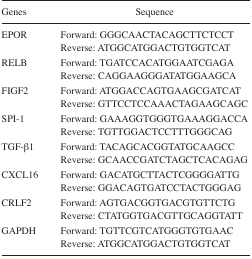
| Genes | Sequence |
 | --- | --- |
 | EPOR | Forward: GGGCAACTACAGCTTCTCCT |
 |  | Reverse: ATGGCATGGACTGTGGTCAT |
 | RELB | Forward: TGATCCACATGGAATCGAGA |
 |  | Reverse: CAGGAAGGGATATGGAAGCA |
 | FIGF2 | Forward: ATGGACCAGTGAAGCGATCAT |
 |  | Reverse: GTTCCTCCAAACTAGAAGCAGC |
 | SPI-1 | Forward: GAAAGGTGGGTGAAAGGACCA |
 |  | Reverse: TGTTGGACTCCTTTGGGCAG |
 | TGF-β1 | Forward: TACAGCACGGTATGCAAGCC |
 |  | Reverse: GCAACCGATCTAGCTCACAGAG |
 | CXCL16 | Forward: GACATGCTTACTCGGGGATTG |
 |  | Reverse: GGACAGTGATCCTACTGGGAG |
 | CRLF2 | Forward: AGTGACGGTGACGTGTTCTG |
 |  | Reverse: CTATGGTGACGTTGCAGGTATT |
 | GAPDH | Forward: TGTTCGTCATGGGTGTGAAC |
 |  | Reverse: ATGGCATGGACTGTGGTCAT |